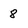
Character: 8